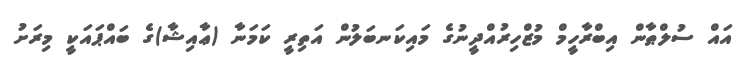
އައް ސުލްޠާން އިބްރާހީމް މުޒްހިރުއްދީނުގެ މައިކަނބަލުން އަތިރީ ކަމަނާ (ޢާއިޝާ)ގެ ބައްޕައަކީ މިރަށު